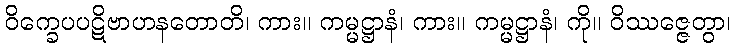
ဝိက္ခေပပဋိဗာဟနတောတိ၊ ကား။ ကမ္မဋ္ဌာနံ၊ ကား။ ကမ္မဋ္ဌာနံ၊ ကို။ ဝိဿဇ္ဇေတွာ၊